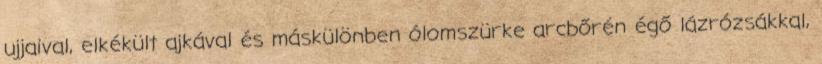
ujjaival, elkékült ajkával és máskülönben ólomszürke arcbőrén égő lázrózsákkal,